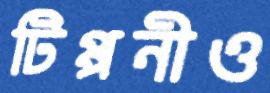
টিপ্পনীও